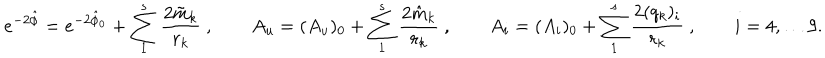
e ^ { - 2 \hat { \phi } } = e ^ { - 2 \hat { \phi } _ { 0 } } + \sum _ { 1 } ^ { s } { \frac { 2 \tilde { m } _ { k } } { r _ { k } } } \ , \qquad A _ { u } = ( A _ { u } ) _ { 0 } + \sum _ { 1 } ^ { s } { \frac { 2 \hat { m } _ { k } } { r _ { k } } } \ , \qquad A _ { i } = ( A _ { i } ) _ { 0 } + \sum _ { 1 } ^ { s } { \frac { 2 ( q _ { k } ) _ { i } } { r _ { k } } } \ , \qquad i = 4 , \dots 9 .